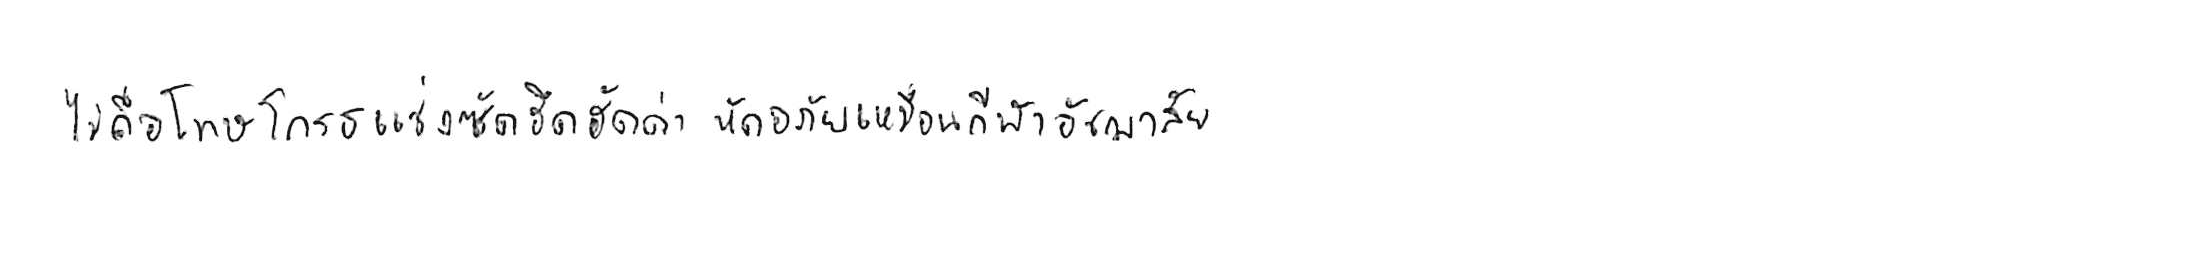
ไม่ถือโทษโกรธแช่งซัดฮึดฮัดด่า หัดอภัยเหมือนกีฬาอัชฌาสัย